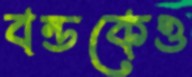
বন্ডকেও